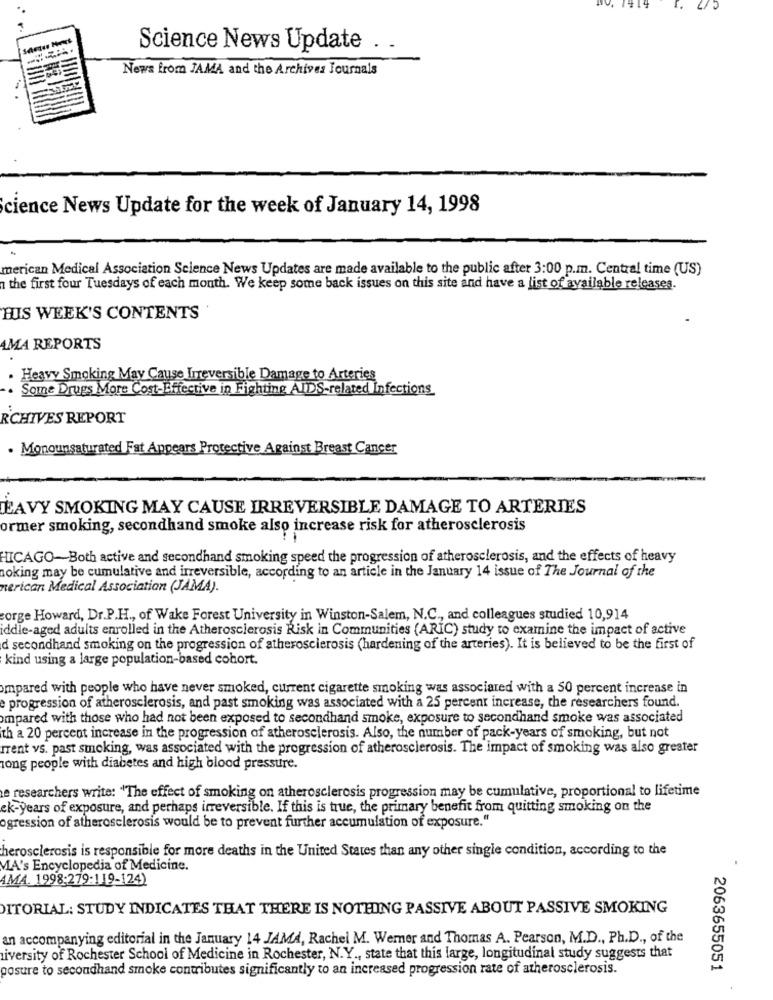
Science News Update
News from JAMA and the Archives Journals
Science News Update for the week of January 14, 1998
merican Medical Association Science News Updates are made available to the public after 3:00 p.m. Central time (US)
the first four Tuesdays of each month. We keep some back issues on this site and have a list of available releases.
HUIS WEEK'S CONTENTS
AMA REPORTS
Heavy Smoking May Cause Irreversible Damage to Arteries
. Some Drugs More Cost-Effective in Fighting AIDS-related Infections
RCHIVES REPORT
. Monounsaturated Fat Appears Protective Against Breast Cancer
EAVY SMOKING MAY CAUSE IRREVERSIBLE DAMAGE TO ARTERIES
ormer smoking, secondhand smoke also increase risk for atherosclerosis
HICAGO-Both active and secondhand smoking speed the progression of atherosclerosis, and the effects of heavy
noking may be cumulative and irreversible, according to an article in the January 14 issue of The Journal of the
merican Medical Association (JAMA).
sorge Howard, Dr.P.H ., of Wake Forest University in Winston-Salem, N.C ., and colleagues studied 10,914
iddle-aged adults enrolled in the Atherosclerosis Risk in Communities (ARIC) study to examine the impact of active
d secondhand smoking on the progression of atherosclerosis (hardening of the arteries). It is believed to be the first of
kind using a large population-based cohort.
ompared with people who have never smoked, current cigarette smoking was associated with a 50 percent increase in
e progression of atherosclerosis, and past smoking was associated with a 25 percent increase, the researchers found.
ompared with those who had not been exposed to secondhand smoke, exposure to secondhand smoke was associated
ith a 20 percent increase in the progression of atherosclerosis. Also, the number of pack-years of smoking, but not
Trent vs. past smoking, was associated with the progression of atherosclerosis. The impact of smoking was also greater
long people with diabetes and high blood pressure.
e researchers write: "The effect of smoking on atherosclerosis progression may be cumulative, proportional to lifetime
ek-years of exposure, and perhaps irreversible. If this is true, the primary benefit from quitting smoking on the
ogression of atherosclerosis would be to prevent further accumulation of exposure."
herosclerosis is responsible for more deaths in the United States than any other single condition, according to the
MA's Encyclopedia of Medicine.
AMA. 1998:279:119-124)
DITORIAL: STUDY INDICATES THAT THERE IS NOTHING PASSIVE ABOUT PASSIVE SMOKING
an accompanying editorial in the January 14 JAMA, Rachel M. Werner and Thomas A. Pearson, M.D ., Ph.D ., of the
diversity of Rochester School of Medicine in Rochester, N.Y ., state that this large, longitudinal study suggests that
posure to secondhand smoke contributes significantly to an increased progression rate of atherosclerosis.
2063655051